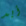
أيد